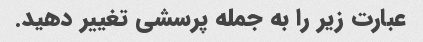
عبارت زیر را به جمله پرسشی تغییر دهید.